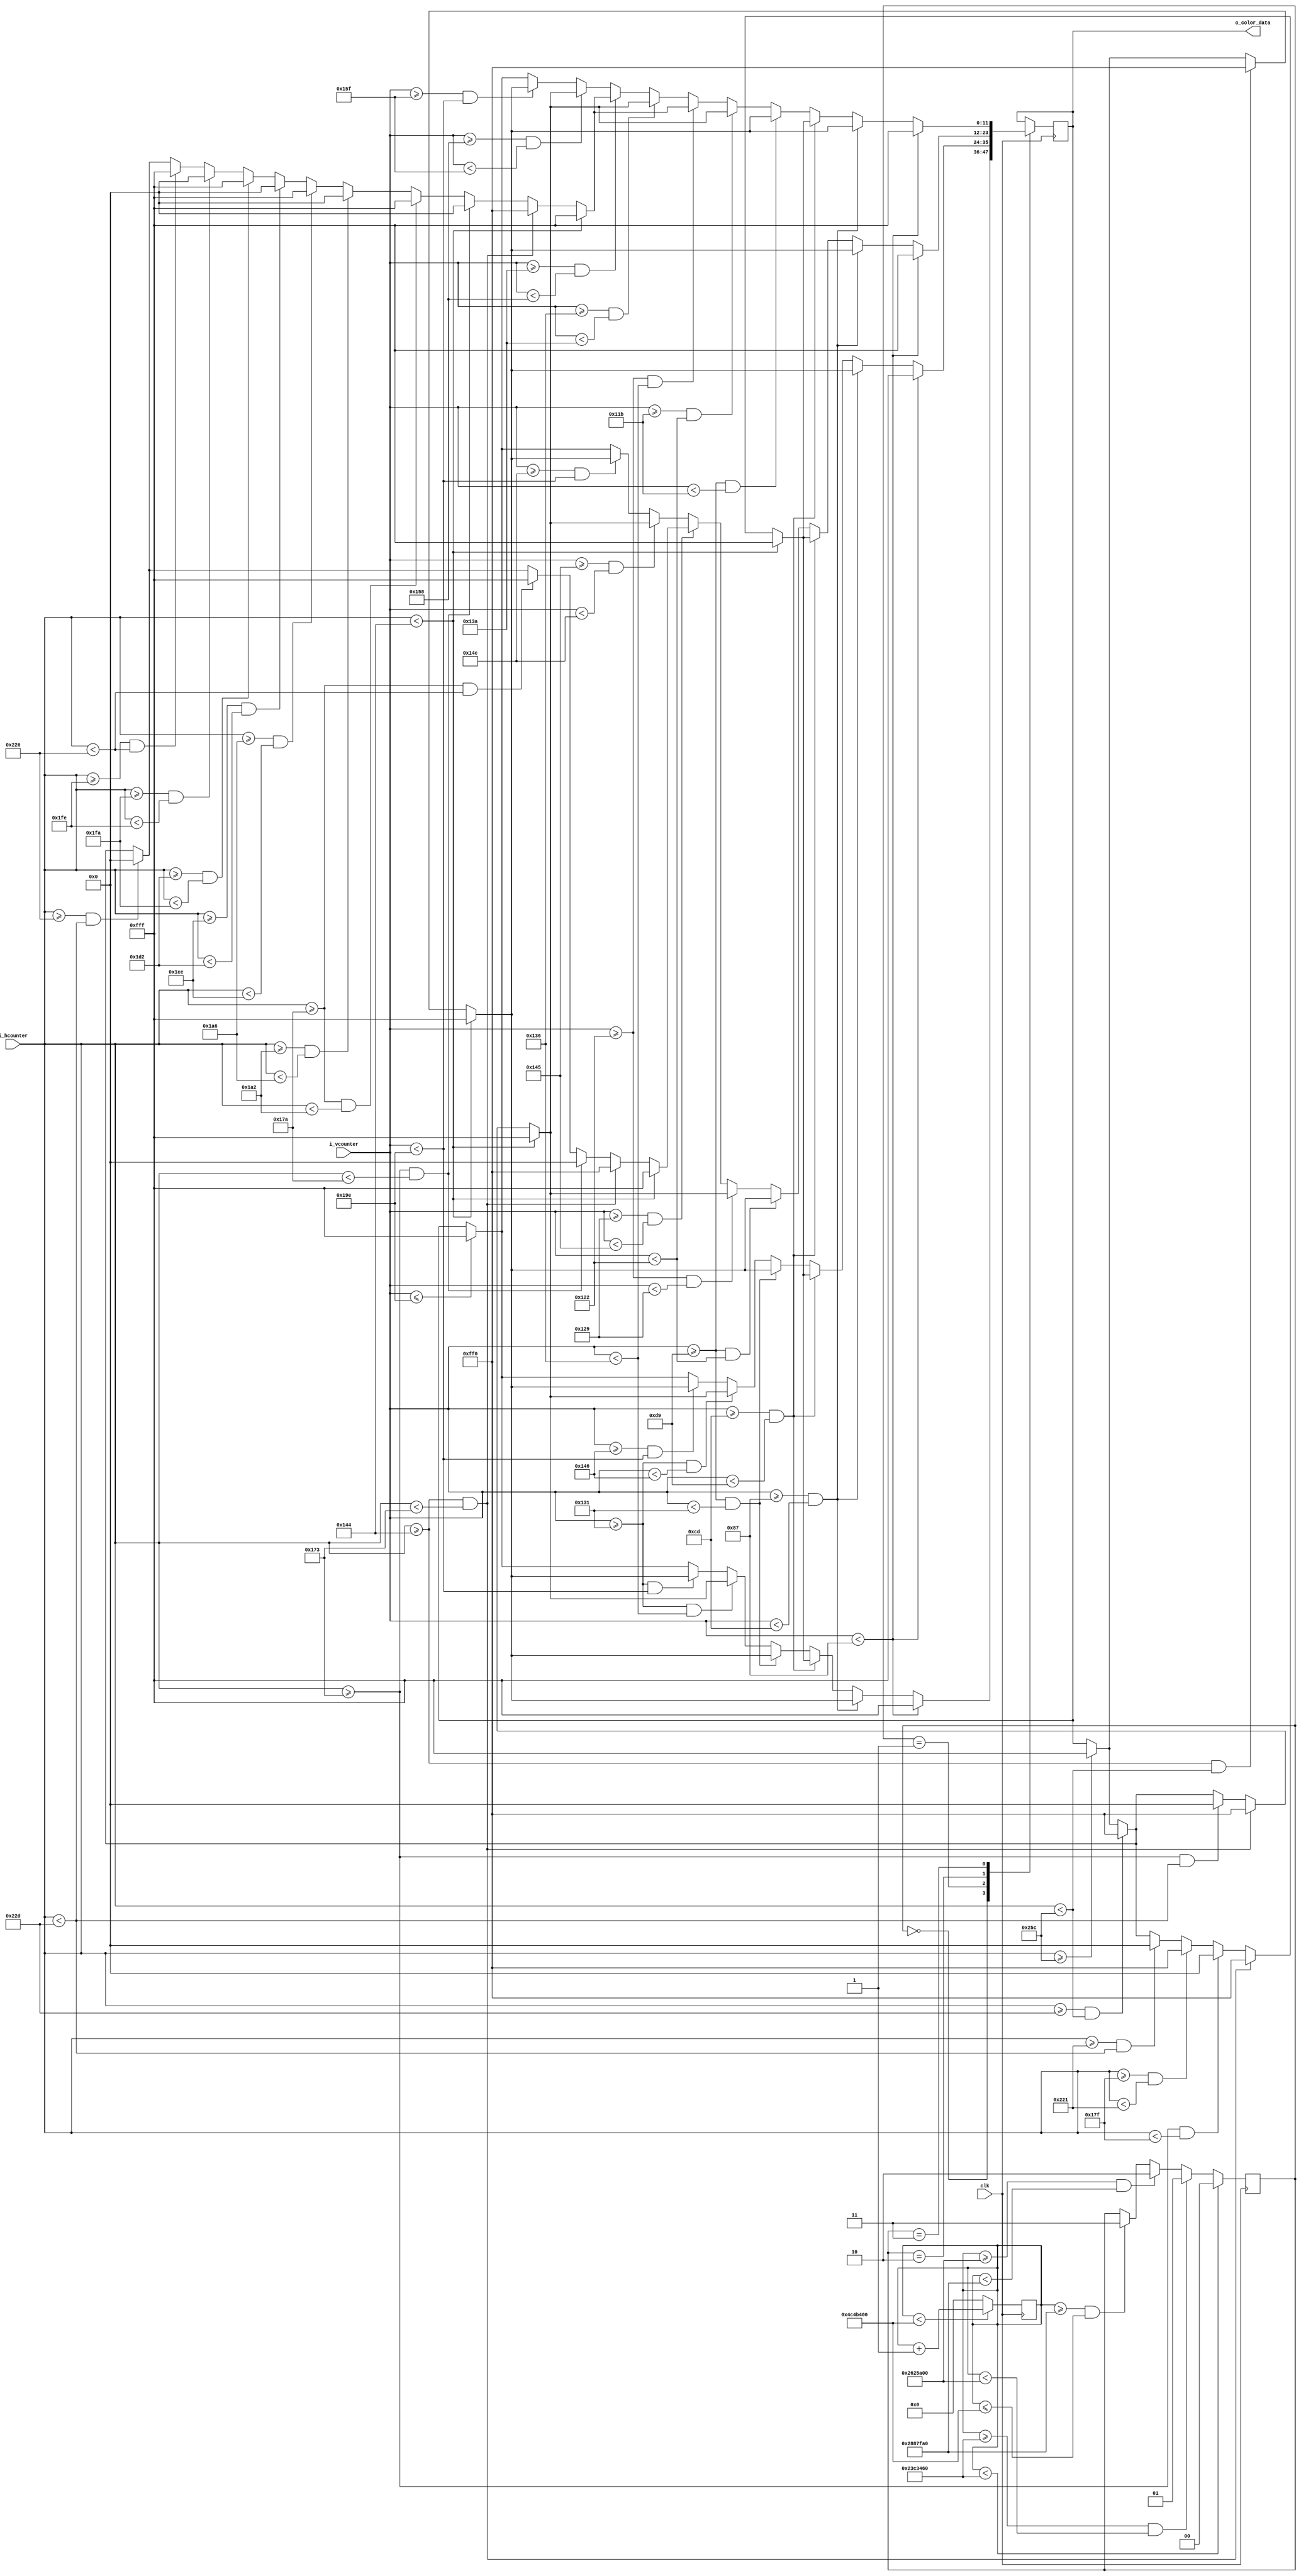
`timescale 1ns / 1ps
//////////////////////////////////////////////////////////////////////////////////
// Company: 
// 
// Design Name: 
// Module Name: happy
// Project Name: Emoji_Animation
// Target Devices: 
// Tool Versions: 
// Description: Happy face animation
// 
// Dependencies: 25 MHz input clk
// 
// Revision:
// Revision 0.01 - File Created
// Additional Comments:
// 
//////////////////////////////////////////////////////////////////////////////////


module happy (
	input clk,                  // 25MHz
	input [9:0] i_hcounter,     // horizontal pixel counter
	input [9:0] i_vcounter,     // vertical pixel counter
	output [11:0] o_color_data  // color data bus
	);
	
	reg [31:0] clk_counter = 0;    // for keeping track of how long the frame is active
	reg [1:0] FRAME = 0;           // State
	reg [11:0] r_color = 12'h000;  // color of pixel (4 bits red, 4 bits green, 4 bits blue -- in that order)
	
	assign o_color_data = r_color;
	
  // each emoji animation has a number of frames (different from fps frames)
	localparam FRAME_1 = 2'b00;
	localparam FRAME_2 = 2'b01;
	localparam FRAME_3 = 2'b10;
	localparam FRAME_4 = 2'b11;
  
  // time in clock cycles to hold each frame still
  localparam FRAME_1_time = 37500000; // 0.5 sec
  localparam FRAME_2_time = 2500000; // 100 ms
  localparam FRAME_3_time = 2500000; // 100 ms
  localparam FRAME_4_time = 37500000; // 1.5 sec
  // total time in clock cycles of animation before looping around
  localparam FRAME_total_time = FRAME_1_time + FRAME_2_time + FRAME_3_time + FRAME_4_time;
  
  // basic colors used in the animation
  localparam yellow = 12'hFF0;
  localparam black = 12'h000;
  localparam white = 12'hFFF;
	
  //////////////////////////////////////////////////////////////////////////////
  // frame timing
	always @ (posedge clk)
		begin 
			if (clk_counter < FRAME_total_time)
				clk_counter <= clk_counter + 1;
			else 
				clk_counter <= 0;
		end 
		
	always @ (posedge clk) 
		begin 
			if (clk_counter < FRAME_1_time)  
				FRAME <= FRAME_1;
			else if (clk_counter >= FRAME_1_time && clk_counter < (FRAME_1_time + FRAME_2_time)) 
				FRAME <= FRAME_2;
			else if (clk_counter >= (FRAME_1_time + FRAME_2_time) && clk_counter < (FRAME_1_time + FRAME_2_time + FRAME_3_time))  
				FRAME <= FRAME_3;
			else if (clk_counter >= (FRAME_1_time + FRAME_2_time + FRAME_3_time) && clk_counter <= FRAME_total_time)
				FRAME <= FRAME_4;
		end 
  // end frame timing
  
  ///////////////////////////////////////////////////////////////////////////////
  // Frame state machine
	always @ (posedge clk)
		begin 
			case (FRAME)
				FRAME_1 : 
					begin 
						// SECTION 1.1 (TOP OF SCREEN)
						if (i_vcounter < 135)             
								r_color <= white;
						// END SECTION 1.1 (TOP OF SCREEN)
						
						// SECTION 1.2 (FOREHEAD)
						else if (i_vcounter >= 135 && i_vcounter < 205)
							begin 
								if (i_hcounter < 324) 
									r_color <= white;  
								else if (i_hcounter >= 324 && i_hcounter < 604) 
									r_color <= yellow;
								else if (i_hcounter >= 604)
									r_color <= white; 
							end  
						// END SECTION 1.2 (FOREHEAD)
						
						// SECTION 1.3 (EYES)
						else if (i_vcounter >= 205 && i_vcounter < 217)
							begin 
								if (i_hcounter < 324)
									r_color <= white;
								else if (i_hcounter >= 324 && i_hcounter < 371)
									r_color <= yellow;
								else if (i_hcounter >= 371 && i_hcounter < 383)
									r_color <= black;
								else if (i_hcounter >= 383 && i_hcounter < 545)
									r_color <= yellow;
								else if (i_hcounter >= 545 && i_hcounter < 557)
									r_color <= black; 
								else if (i_hcounter >= 557 && i_hcounter < 604)
									r_color <= yellow;
								else if (i_hcounter >= 604)
									r_color <= white;
							end  
						// END SECTION 1.3 (EYES)
						
						// SECTION 1.4 (MIDDLE OF FACE)
						else if (i_vcounter >= 217 && i_vcounter < 305)
							begin
								if (i_hcounter < 324)
									r_color <= white;
								else if (i_hcounter >= 324 && i_hcounter < 604)
									r_color <= yellow;
								else if (i_hcounter >= 604)
									r_color <= white;
							end 
						// END SECTION 1.4 (MIDDLE OF FACE)
						
						// SECTION 1.5 (MOUTH)
						else if (i_vcounter >= 305 && i_vcounter < 310)
							begin
								if (i_hcounter < 324)
									r_color <= white;
								else if (i_hcounter >= 324 && i_hcounter < 371)
									r_color <= yellow;
								else if (i_hcounter >= 371 && i_hcounter < 557)
									r_color <= black;
								else if (i_hcounter >= 557 && i_hcounter < 604)
									r_color <= yellow;
								else if (i_hcounter >= 604)
									r_color <= white;
							end  
						// END SECTION 1.5 (MOUTH)
						
						// SECTION 1.6 (CHIN)
						else if (i_vcounter >= 305 && i_vcounter < 414)
							begin
								if (i_hcounter < 324)
									r_color <= white;
								else if (i_hcounter >= 324 && i_hcounter < 604)
									r_color <= yellow;
								else if (i_hcounter >= 604)
									r_color <= white;
							end  
						// END SECTION 1.6 (CHIN)
						
						// SECTION 1.7 (BOTTOM OF SCREEN)
						else if (i_vcounter <= 414)
							r_color <= white;
						// END SECTION 1.7 (BOTTOM OF SCREEN)
					end  // FRAME_1
				
				FRAME_2 :
					begin 
						// SECTION 2.1 (TOP OF SCREEN)
						if (i_vcounter < 135)             
								r_color <= white;
						// END SECTION 2.1 (TOP OF SCREEN)
						
						// SECTION 2.2 (FOREHEAD)
						else if (i_vcounter >= 135 && i_vcounter < 205)
							begin 
								if (i_hcounter < 324) 
									r_color <= white;  
								else if (i_hcounter >= 324 && i_hcounter < 604) 
									r_color <= yellow;
								else if (i_hcounter >= 604)
									r_color <= white; 
							end  
						// END SECTION 2.2 (FOREHEAD)
						
						// SECTION 2.3 (EYES)
						else if (i_vcounter >= 205 && i_vcounter < 217)
							begin 
								if (i_hcounter < 324)
									r_color <= white;
								else if (i_hcounter >= 324 && i_hcounter < 371)
									r_color <= yellow;
								else if (i_hcounter >= 371 && i_hcounter < 383)
									r_color <= black;
								else if (i_hcounter >= 383 && i_hcounter < 545)
									r_color <= yellow;
								else if (i_hcounter >= 545 && i_hcounter < 557)
									r_color <= black; 
								else if (i_hcounter >= 557 && i_hcounter < 604)
									r_color <= yellow;
								else if (i_hcounter >= 604)
									r_color <= white;
							end  
						// END SECTION 2.3 (EYES)
						
						// SECTION 2.4 (MIDDLE OF FACE)
						else if (i_vcounter >= 217 && i_vcounter < 305)
							begin
								if (i_hcounter < 324)
									r_color <= white;
								else if (i_hcounter >= 324 && i_hcounter < 604)
									r_color <= yellow;
								else if (i_hcounter >= 604)
									r_color <= white;
							end 
						// END SECTION 2.4 (MIDDLE OF FACE)
						
						// SECTION 2.5 (MOUTH)
						else if (i_vcounter >= 305 && i_vcounter < 326)
							begin
								if (i_hcounter < 324)
									r_color <= white;
								else if (i_hcounter >= 324 && i_hcounter < 371)
									r_color <= yellow;
								else if (i_hcounter >= 371 && i_hcounter < 557)
									r_color <= black;
								else if (i_hcounter >= 557 && i_hcounter < 604)
									r_color <= yellow;
								else if (i_hcounter >= 604)
									r_color <= white;
							end  
						// END SECTION 2.5 (MOUTH)
						
						// SECTION 2.6 (CHIN)
						else if (i_vcounter >= 326 && i_vcounter < 414)
							begin
								if (i_hcounter < 324)
									r_color <= white;
								else if (i_hcounter >= 324 && i_hcounter < 604)
									r_color <= yellow;
								else if (i_hcounter >= 604)
									r_color <= white;
							end  
						// END SECTION 2.6 (CHIN)
						
						// SECTION 2.7 (BOTTOM OF SCREEN)
						else if (i_vcounter <= 414)
							r_color <= white;
						// END SECTION 2.7 (BOTTOM OF SCREEN)
					end  // FRAME_2
					
				FRAME_3 : 
					begin
						// SECTION 3.1 (TOP OF SCREEN)
						if (i_vcounter < 135)              
								r_color <= white;
						// END SECTION 3.1 (TOP OF SCREEN)
						
						// SECTION 3.2 (FOREHEAD)
						else if (i_vcounter >= 135 && i_vcounter < 205)
              begin 
								if (i_hcounter < 324)
										r_color <= white;
								else if (i_hcounter >= 324 && i_hcounter < 604)
										r_color <= yellow;
								else if (i_hcounter >= 604)
										r_color <= white;
              end
						// END SECTION 3.2 (FOREHEAD)
						
						// SECTION 3.3 (EYES)
						else if (i_vcounter >= 205 && i_vcounter < 217)
							begin 
								if (i_hcounter < 324)
										r_color <= white;
								else if (i_hcounter >= 324 && i_hcounter < 371)
										r_color <= yellow;
								else if (i_hcounter >= 371 && i_hcounter < 383)
										r_color <= black;
								else if (i_hcounter >= 383 && i_hcounter < 545)
										r_color <= yellow;
								else if (i_hcounter >= 545 && i_hcounter < 557)
										r_color <= black;
								else if (i_hcounter >= 557 && i_hcounter < 604)
										r_color <= yellow;
								else if (i_hcounter >= 604)
										r_color <= white;
							end  
						// END SECTION 3.3 (EYES)
						
						// SECTION 3.4 (MIDDLE OF FACE)
						else if (i_vcounter >= 217 && i_vcounter < 290)
							begin
								if (i_hcounter < 324)
										r_color <= white;
								else if (i_hcounter >= 324 && i_hcounter < 604)
										r_color <= yellow;
								else if (i_hcounter >= 604)
										r_color <= white;
							end  
						// END SECTION 3.4 (MIDDLE OF FACE)
						
						// SECTION 3.5 (UPPER LIP)
						else if (i_vcounter >= 290 && i_vcounter < 297)
							begin
								if (i_hcounter < 324)
										r_color <= white;
								else if (i_hcounter >= 324 && i_hcounter < 371)
										r_color <= yellow;
								else if (i_hcounter >= 371 && i_hcounter < 557)
										r_color <= black;
								else if (i_hcounter >= 557 && i_hcounter < 604)
										r_color <= yellow;
								else if (i_hcounter >= 604)
										r_color <= white;
							end  
						// END SECTION 3.5 (UPPER LIP)
						
						// SECTION 3.6 (TEETH)
						else if (i_vcounter >= 297 && i_vcounter < 325)
							begin
								if (i_hcounter < 324)
										r_color <= white;
								else if (i_hcounter >= 324 && i_hcounter < 371)
										r_color <= yellow;
								else if (i_hcounter >= 371 && i_hcounter < 378)
										r_color <= black;
								else if (i_hcounter >= 378 && i_hcounter < 550)
										r_color <= white;
								else if (i_hcounter >= 550 && i_hcounter < 557)
										r_color <= black;
								else if (i_hcounter >= 557 && i_hcounter < 604)
										r_color <= yellow;
								else if (i_hcounter >= 604)
										r_color <= white;
							end 
						// END SECTION 3.6 (TEETH)
						
						// SECTION 3.7 (LOWER LIP)
						else if (i_vcounter >= 325 && i_vcounter < 332)
							begin
								if (i_hcounter < 324)
										r_color <= white;
								else if (i_hcounter >= 324 && i_hcounter < 371)
										r_color <= yellow;
								else if (i_hcounter >= 371 && i_hcounter < 557)
										r_color <= black;
								else if (i_hcounter >= 557 && i_hcounter < 604)
										r_color <= yellow;
								else if (i_hcounter >= 604)
										r_color <= white;
							end  
						// END SECTION 3.7 (LOWER LIP)
						
						// SECTION 3.8 (CHIN)
						else if (i_vcounter >= 332 && i_vcounter < 414)
							begin
								if (i_hcounter < 324)
										r_color <= white;
								else if (i_hcounter >= 324 && i_hcounter < 604)
										r_color <= yellow;
								else if (i_hcounter >= 604)
										r_color <= white;
							end  
						// END SECTION 3.8 (CHIN)
						
						// SECTION 3.9 (BOTTOM OF SCREEN)
						else if (i_vcounter <= 414)
								r_color <= white;
						// END SECTION 3.9 (BOTTOM OF SCREEN)
					end  // FRAME_3
					
				FRAME_4 :
					begin			
						// SECTION 4.1 (TOP OF SCREEN)
						if (i_vcounter < 135)
								r_color <= white;
						// END SECTION 4.1 (TOP OF SCREEN)
						
						// SECTION 4.2 (FOREHEAD)
						else if (i_vcounter >= 135 && i_vcounter < 205)
							begin 
								if (i_hcounter < 324)
										r_color <= white;
								else if (i_hcounter >= 324 && i_hcounter < 604)
										r_color <= yellow;
								else if (i_hcounter >= 604)
										r_color <= white;
								end  
						// END SECTION 4.2 (FOREHEAD)
						
						// SECTION 4.3 (EYES)
						else if (i_vcounter >= 205 && i_vcounter < 217)
							begin 
								if (i_hcounter < 324)
										r_color <= white;
								else if (i_hcounter >= 324 && i_hcounter < 371)
										r_color <= yellow;
								else if (i_hcounter >= 371 && i_hcounter < 383)
										r_color <= black;
								else if (i_hcounter >= 383 && i_hcounter < 545)
										r_color <= yellow;
								else if (i_hcounter >= 545 && i_hcounter < 557)
										r_color <= black;
								else if (i_hcounter >= 557 && i_hcounter < 604)
										r_color <= yellow;
								else if (i_hcounter >= 604)
										r_color <= white;
							end  
						// END SECTION 4.3 (EYES)
						
						// SECTION 4.4 (MIDDLE OF FACE)
						else if (i_vcounter >= 217 && i_vcounter < 283)
							begin
								if (i_hcounter < 324)
										r_color <= white;
								else if (i_hcounter >= 324 && i_hcounter < 604)
										r_color <= yellow;
								else if (i_hcounter >= 604)
										r_color <= white;
							end  
						// END SECTION 4.4 (MIDDLE OF FACE)
						
						// SECTION 4.5 (UPPER LIP)
						else if (i_vcounter >= 283 && i_vcounter < 290)
							begin
								if (i_hcounter < 324)
										r_color <= white;
								else if (i_hcounter >= 324 && i_hcounter < 371)
										r_color <= yellow;
								else if (i_hcounter >= 371 && i_hcounter < 557)
										r_color <= black;
								else if (i_hcounter >= 557 && i_hcounter < 604)
										r_color <= yellow;
								else if (i_hcounter >= 604)
										r_color <= white;
							end  
						// END SECTION 4.5 (UPPER LIP)
						
						// SECTION 4.6 (TOP TEETH)
						else if (i_vcounter >= 290 && i_vcounter < 310)
							begin
								if (i_hcounter < 324)
										r_color <= white;
								else if (i_hcounter >= 324 && i_hcounter < 371)
										r_color <= yellow;
								else if (i_hcounter >= 371 && i_hcounter < 378)              // Left side of mouth
										r_color <= black;
								else if (i_hcounter >= 378 && i_hcounter < 418)                // 1st tooth
										r_color <= white;
								else if (i_hcounter >= 418 && i_hcounter < 422)                // 1st divider
										r_color <= black;
								else if (i_hcounter >= 422 && i_hcounter < 462)                // 2nd tooth
										r_color <= white;
								else if (i_hcounter >= 462 && i_hcounter < 466)                // 2nd divider
										r_color <= black;
								else if (i_hcounter >= 466 && i_hcounter < 506)                // 3rd tooth
										r_color <= white;
								else if (i_hcounter >= 506 && i_hcounter < 510)                // 3rd divider
										r_color <= black;
								else if (i_hcounter >= 510 && i_hcounter < 550)                // 4th tooth
										r_color <= white;
								else if (i_hcounter >= 550 && i_hcounter < 557)              // Right side of mouth
										r_color <= black;
								else if (i_hcounter >= 557 && i_hcounter < 604)
										r_color <= yellow;
								else if (i_hcounter >= 604)
										r_color <= white;
							end  
						// END SECTION 4.6 (TOP TEETH)
						
						// SECTION 4.7 (SPACE UNDER TEETH)
						else if (i_vcounter >= 310 && i_vcounter < 314)
							begin
								if (i_hcounter < 324)
										r_color <= white;
								else if (i_hcounter >= 324 && i_hcounter < 371)
										r_color <= yellow;
								else if (i_hcounter >= 371 && i_hcounter < 557)
										r_color <= black;
								else if (i_hcounter >= 557 && i_hcounter < 604)
										r_color <= yellow;
								else if (i_hcounter >= 604)
										r_color <= white;
							end  
						// END SECTION 4.7 (SPACE UNDER TEETH)
						
						// SECTION 4.8 (BOTTOM TEETH)
						else if (i_vcounter >= 314 && i_vcounter < 344)
							begin
								if (i_hcounter < 324)
										r_color <= white;
								else if (i_hcounter >= 324 && i_hcounter < 371)
										r_color <= yellow;
								else if (i_hcounter >= 371 && i_hcounter < 378)              // Left side of mouth
										r_color <= black;
								else if (i_hcounter >= 378 && i_hcounter < 418)                // 1st tooth
										r_color <= white;
								else if (i_hcounter >= 418 && i_hcounter < 422)                // 1st divider
										r_color <= black;
								else if (i_hcounter >= 422 && i_hcounter < 462)                // 2nd tooth
										r_color <= white;
								else if (i_hcounter >= 462 && i_hcounter < 466)                // 2nd divider
										r_color <= black;
								else if (i_hcounter >= 466 && i_hcounter < 506)                // 3rd tooth
										r_color <= white;
								else if (i_hcounter >= 506 && i_hcounter < 510)                // 3rd divider
										r_color <= black;
								else if (i_hcounter >= 510 && i_hcounter < 550)                // 4th tooth
										r_color <= white;
								else if (i_hcounter >= 550 && i_hcounter < 557)              // Right side of mouth
										r_color <= black;
								else if (i_hcounter >= 557 && i_hcounter < 604)
										r_color <= yellow;
								else if (i_hcounter >= 604)
										r_color <= white;
							end 
						// END SECTION 4.8 (BOTTOM TEETH)
						
						// SECTION 4.9 (LOWER LIP)
						else if (i_vcounter >= 344 && i_vcounter < 351)
							begin
								if (i_hcounter < 324)
										r_color <= white;
								else if (i_hcounter >= 324 && i_hcounter < 371)
										r_color <= yellow;
								else if (i_hcounter >= 371 && i_hcounter < 557)
										r_color <= black;
								else if (i_hcounter >= 557 && i_hcounter < 604)
										r_color <= yellow;
								else if (i_hcounter >= 604)
										r_color <= white;
							end  
						// END SECTION 4.9 (LOWER LIP)
						
						// SECTION 4.10 (CHIN)
						else if (i_vcounter >= 351 && i_vcounter < 414)
							begin
								if (i_hcounter < 324)
										r_color <= white;
								else if (i_hcounter >= 324 && i_hcounter < 604)
										r_color <= yellow;
								else if (i_hcounter >= 604)
										r_color <= white;
							end  
						// END SECTION 4.10 (CHIN)
						
						// SECTION 4.11 (BOTTOM OF SCREEN)
						else if (i_vcounter <= 414)
							begin              
								r_color <= white;
							end  // if (i_vcounter >= 414)
						// END SECTION 4.11 (BOTTOM OF SCREEN)
					end  // FRAME_4
				
				default :
					begin 
						r_color <= white;
					end  // default  
			endcase
		end  // always 
endmodule  // happy